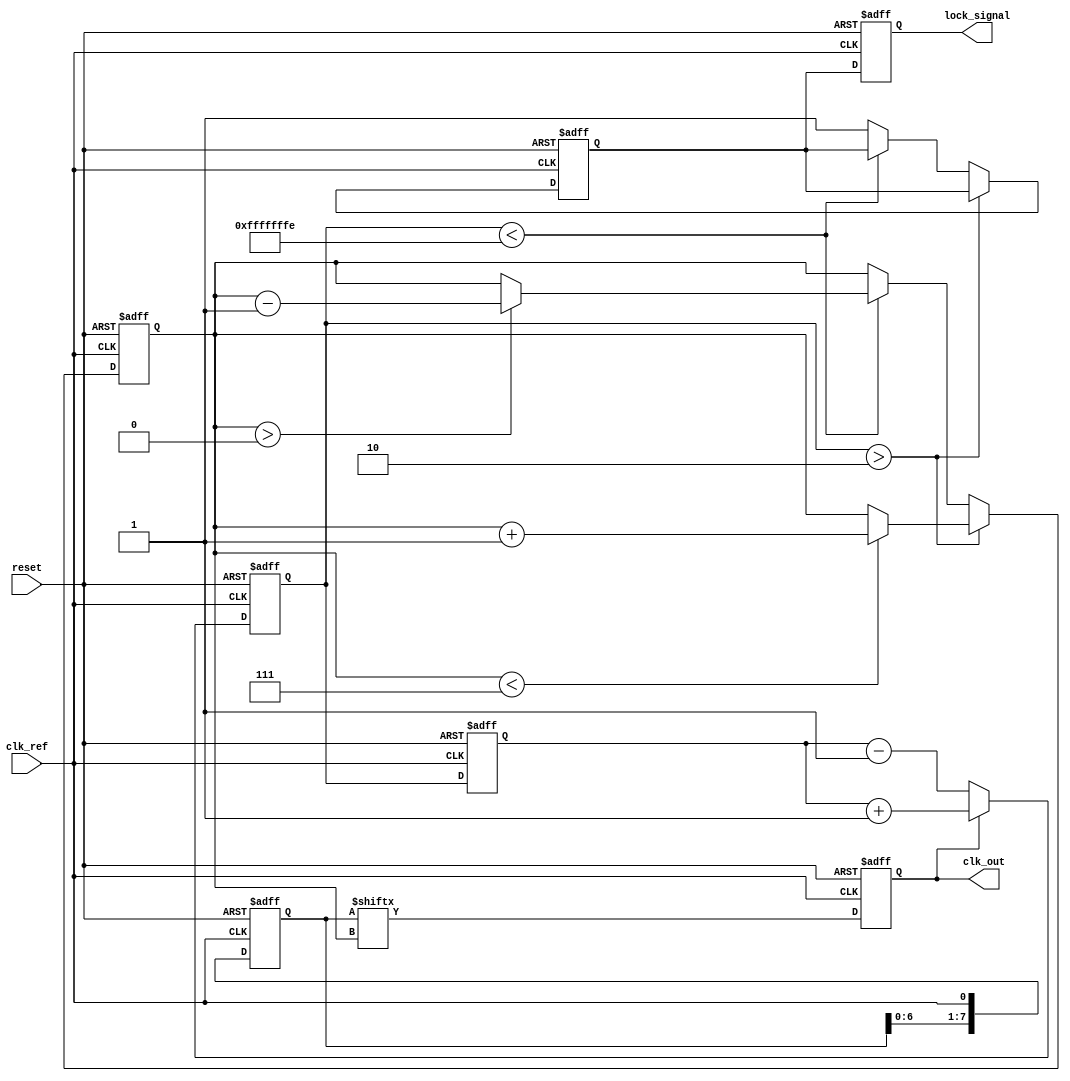
module MemoryBlocksDLL (
    input wire clk_ref,         // Reference clock input
    input wire reset,           // Reset signal
    output reg clk_out,         // Output clock
    output reg lock_signal       // Lock status signal
);

    // Parameters
    parameter NUM_DELAY_ELEMENTS = 8; // Number of delay elements
    parameter DELAY_STEP = 1;          // Delay step for each element
    parameter LOCK_THRESHOLD = 2;       // Threshold for lock detection

    // Internal signals
    reg [NUM_DELAY_ELEMENTS-1:0] delay_line; // Delay line (memory blocks)
    reg [3:0] delay_select;                 // Current selected delay
    reg [3:0] phase_error;                  // Phase error signal
    reg [3:0] phase_error_prev;             // Previous phase error
    reg locked;                              // Lock status

    // Phase Detector
    always @(posedge clk_ref or posedge reset) begin
        if (reset) begin
            phase_error <= 0;
            phase_error_prev <= 0;
        end else begin
            // Simple PD: Compare reference clock and delayed output clock
            if (clk_out) begin
                phase_error <= phase_error_prev + 1; // Increment error if clk_out is high
            end else begin
                phase_error <= phase_error_prev - 1; // Decrement error if clk_out is low
            end
            phase_error_prev <= phase_error;
        end
    end

    // Control Logic
    always @(posedge clk_ref or posedge reset) begin
        if (reset) begin
            delay_select <= 0;
            locked <= 0;
        end else begin
            // Adjust delay line based on phase error
            if (phase_error > LOCK_THRESHOLD) begin
                if (delay_select < NUM_DELAY_ELEMENTS - 1) begin
                    delay_select <= delay_select + 1; // Coarse adjustment
                end
            end else if (phase_error < -LOCK_THRESHOLD) begin
                if (delay_select > 0) begin
                    delay_select <= delay_select - 1; // Coarse adjustment
                end
            end else begin
                locked <= 1; // Lock achieved
            end
        end
    end

    // Delay Line
    always @(posedge clk_ref or posedge reset) begin
        if (reset) begin
            delay_line <= 0;
            clk_out <= 0;
        end else begin
            // Shift the delay line based on delay_select
            clk_out <= delay_line[delay_select]; // Select the appropriate delay
            // Update delay line (for demonstration purposes, simple shift)
            delay_line <= {delay_line[NUM_DELAY_ELEMENTS-2:0], clk_ref};
        end
    end

    // Lock Signal
    always @(posedge clk_ref or posedge reset) begin
        if (reset) begin
            lock_signal <= 0;
        end else begin
            lock_signal <= locked;
        end
    end

endmodule